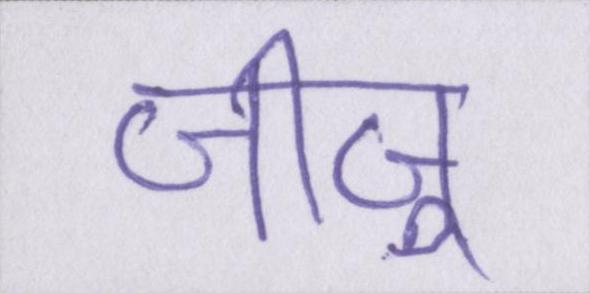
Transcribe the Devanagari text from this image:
जीजू